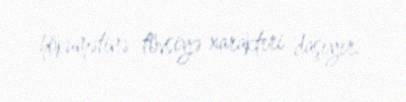
hökumətinə tövsiyə xarakteri daşıyır.